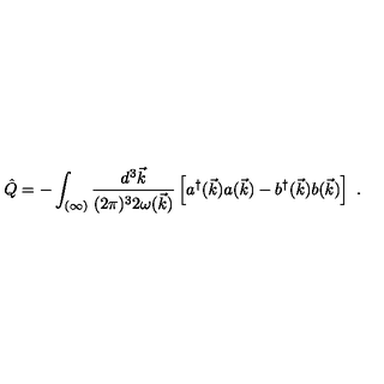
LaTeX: \hat { Q } = - \int _ { ( \infty ) } \frac { d ^ { 3 } \vec { k } } { ( 2 \pi ) ^ { 3 } 2 \omega ( \vec { k } ) } \left[ a ^ { \dagger } ( \vec { k } ) a ( \vec { k } ) - b ^ { \dagger } ( \vec { k } ) b ( \vec { k } ) \right] \ .